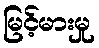
မြင့်မားမှု